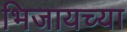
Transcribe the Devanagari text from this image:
भिजायच्या